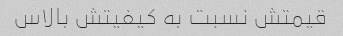
قیمتش نسبت به کیفیتش بالاس